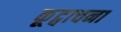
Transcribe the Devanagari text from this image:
कूट्वाचना